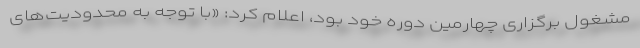
مشغول برگزاری چهارمین دوره خود بود، اعلام کرد: «با توجه به محدودیت‌های